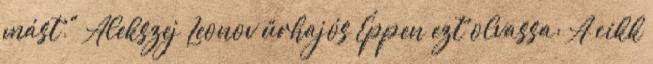
mást." Alekszej Leonov űrhajós Éppen ezt olvassa: A cikk